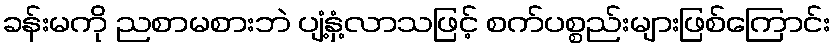
ခန်းမကို ညစာမစားဘဲ ပျံ့နှံ့လာသဖြင့် စက်ပစ္စည်းများဖြစ်ကြောင်း